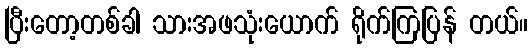
ပြီးတော့တစ်ခါ သားအဖသုံးယောက် ရိုက်ကြပြန် တယ်။